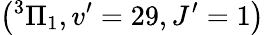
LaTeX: \left(^{3}\Pi_{1},v^{\prime}=29,J^{\prime}=1\right)